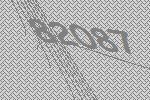
82087